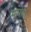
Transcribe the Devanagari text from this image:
मामोए